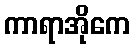
ကာရာအိုကေ